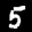
Label: 5